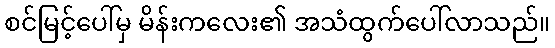
စင်မြင့်ပေါ်မှ မိန်းကလေး၏ အသံထွက်ပေါ်လာသည်။